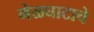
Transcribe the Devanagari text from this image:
मेळघाटाचे